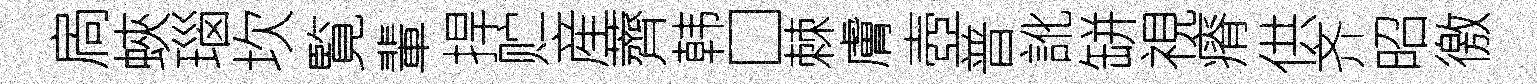
扄蛺瑙坎覧輩捍贮産薺韩□棘膚壺普訛缾視瘠供齐昭徼